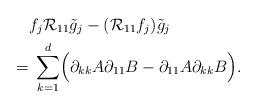
LaTeX: \begin{align*} & f_j \mathcal R_{11} \tilde g_j - (\mathcal R_{11} f_j) \tilde g_j \\ = & \; \sum_{k=1}^d \Bigl( \partial_{kk} A \partial_{11} B- \partial_{11} A \partial_{kk} B \Bigr). \end{align*}